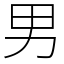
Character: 男